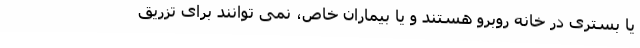
یا بستری در خانه روبرو هستند و یا بیماران خاص، نمی توانند برای تزریق